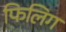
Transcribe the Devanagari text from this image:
फिलिग